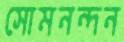
সোমনন্দন